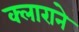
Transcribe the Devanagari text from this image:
क्लाराने